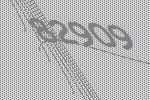
82909